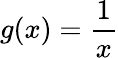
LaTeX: g(x)=\frac{1}{x}